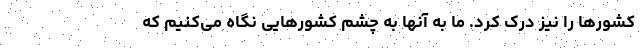
کشورها را نیز درک کرد. ما به آنها به چشم کشورهایی نگاه می‌کنیم که